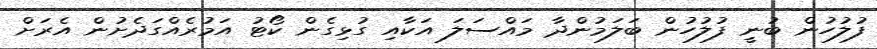
ފުލުހުން ބުނީ ފުލުހުން ބަލަމުންދާ މައްސަލަ އަކާއި ގުޅިގެން ކޯޓު އަމުރެއްގަދެށުން އެރަށް